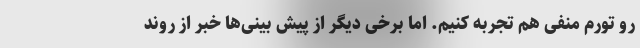
رو تورم منفی هم تجربه کنیم. اما برخی دیگر از پیش بینی‌ها خبر از روند